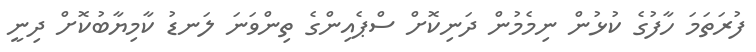
ފުރަތަމަ ހާފުގެ ކުޅުން ނިމެމުން ދަނިކޮށް ސްޕެއިންގެ ތިންވަނަ ލަނޑު ކާމިޔާބުކޮށް ދިނީ